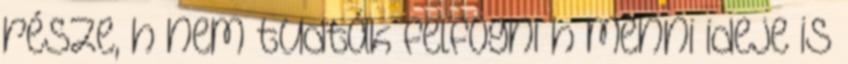
része, h nem tudták felfogni h menni ideje is